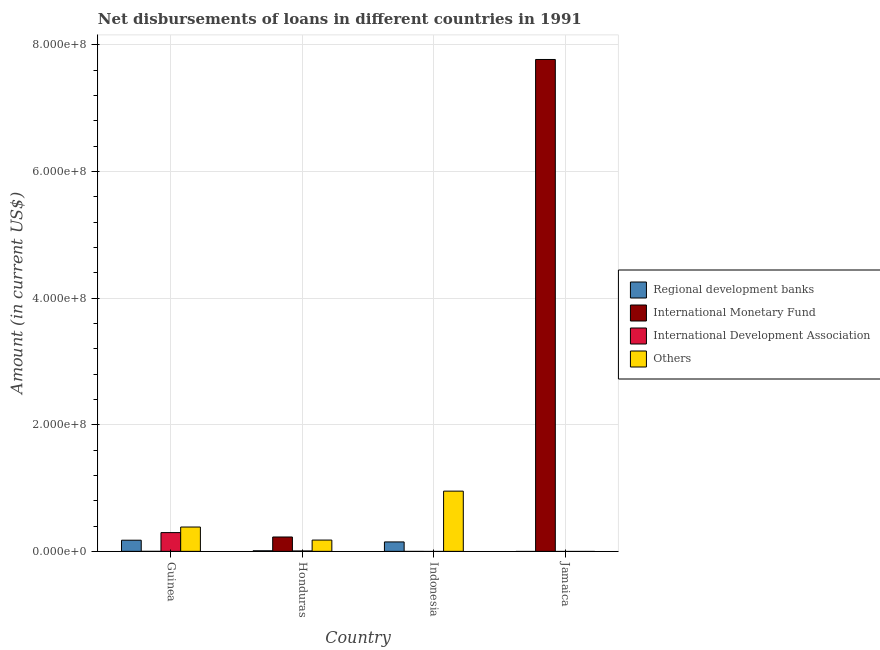
| Country | Regional development banks | International Monetary Fund | International Development Association | Others |
 | --- | --- | --- | --- | --- |
 | Guinea | 1.76e+07 | -1.1e+04 | 2.96e+07 | 3.84e+07 |
 | Honduras | 9.04e+05 | 2.27e+07 | 6.17e+05 | 1.78e+07 |
 | Indonesia | 1.49e+07 | -1.29e+05 | -8.98e+05 | 9.51e+07 |
 | Jamaica | -4.7e+06 | 7.77e+08 | -6e+05 | -5.55e+06 |